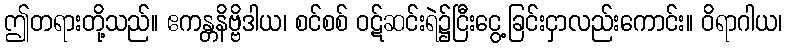
ဤတရားတို့သည်။ ဧကန္တနိဗ္ဗိဒါယ၊ စင်စစ် ဝဋ်ဆင်းရဲ၌ငြီးငွေ့ခြင်းငှာလည်းကောင်း။ ဝိရာဂါယ၊